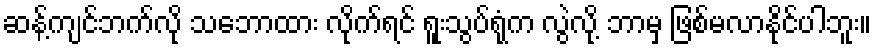
ဆန့်ကျင်ဘက်လို သဘောထား လိုက်ရင် ရူးသွပ်ရုံက လွဲလို့ ဘာမှ ဖြစ်မလာနိုင်ပါဘူး။